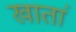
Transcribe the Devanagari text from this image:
खातां